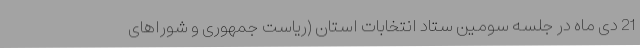
21 دی ماه در جلسه سومین ستاد انتخابات استان (ریاست جمهوری و شوراهای